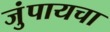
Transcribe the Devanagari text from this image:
जुंपायचा